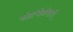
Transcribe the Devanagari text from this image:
संदर्भग्रंथाचे